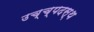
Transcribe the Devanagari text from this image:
उच्च्पदस्थ